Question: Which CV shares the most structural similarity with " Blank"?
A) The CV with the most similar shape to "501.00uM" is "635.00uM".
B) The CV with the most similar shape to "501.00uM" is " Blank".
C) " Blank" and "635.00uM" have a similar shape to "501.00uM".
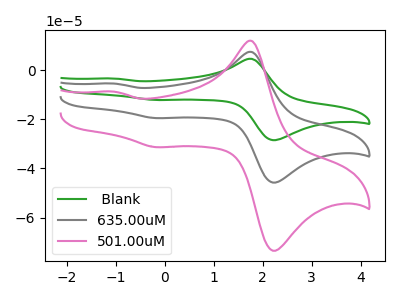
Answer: <think>The green curve " Blank" has anodic peaks at (1.80V, 14.80uA) (-1.00V, -10.90uA) and cathodic peaks at (2.30V, -90.85uA) (-0.20V, -39.05uA). The gray curve "635.00uM" has anodic peaks at (1.80V, 7.40uA) (-1.00V, -5.45uA) and cathodic peaks at (2.30V, -45.45uA) (-0.20V, -19.50uA). The pink curve "501.00uM" has anodic peaks at (1.80V, 11.90uA) (-1.00V, -8.75uA) and cathodic peaks at (2.30V, -73.00uA) (-0.20V, -31.35uA).
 All the peaks in " Blank" have a peak in "635.00uM" at the same potential. All the peaks in " Blank" have a peak in "501.00uM" at the same potential. All the peaks in "635.00uM" have a peak in "501.00uM" at the same potential.</think>
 <answer>C) " Blank" and "635.00uM" have a similar shape to "501.00uM".</answer>
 <eval>C</eval>